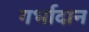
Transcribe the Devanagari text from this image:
गर्भादान